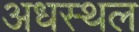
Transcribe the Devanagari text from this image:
अधस्थल